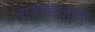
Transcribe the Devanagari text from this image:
राजमहालाला